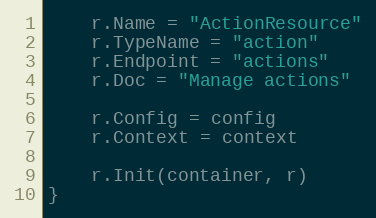
Language: Go
	r.Name = "ActionResource"
	r.TypeName = "action"
	r.Endpoint = "actions"
	r.Doc = "Manage actions"

	r.Config = config
	r.Context = context

	r.Init(container, r)
}